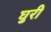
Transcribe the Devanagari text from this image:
घुरी